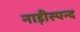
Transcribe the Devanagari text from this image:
नाड़ीस्पन्द